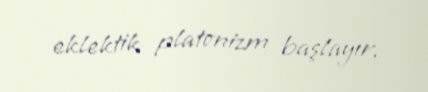
eklektik platonizm başlayır.